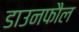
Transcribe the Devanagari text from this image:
डाउनफौल